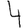
Digit: 4